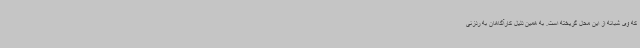
که وی شبانه از این محل گریخته است. به همین دلیل کارآگاهان به ردزنی